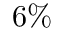
6 \%